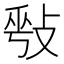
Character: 𢽥